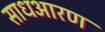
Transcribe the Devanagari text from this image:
साधआरण